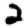
Digit: 2